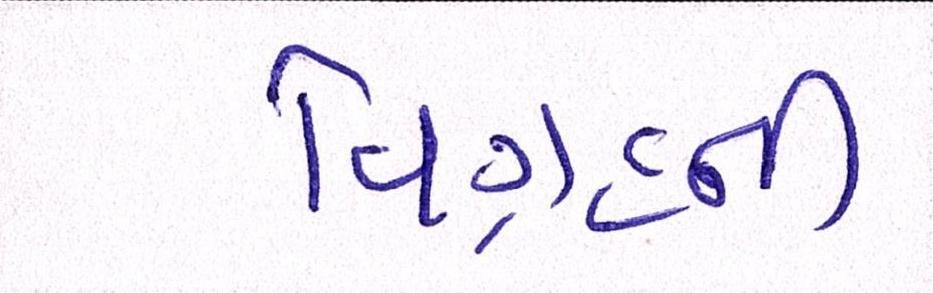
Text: વિગ્રહની